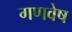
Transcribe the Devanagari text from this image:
गणवेष